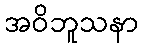
အဝိဘူသနာ